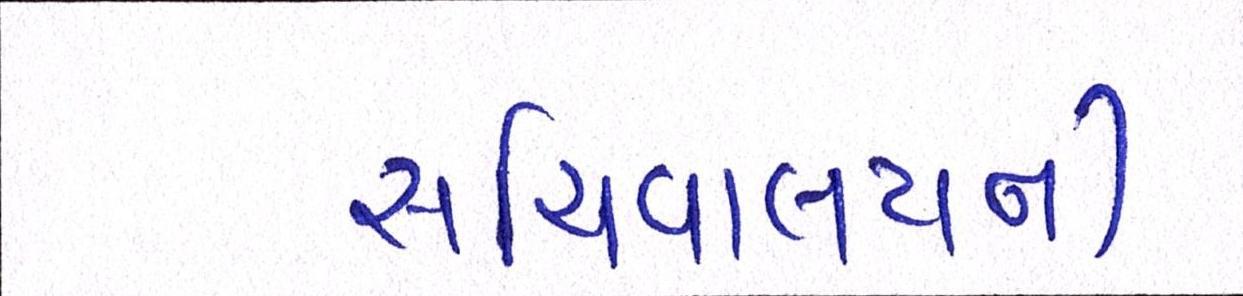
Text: સચિવાલયની